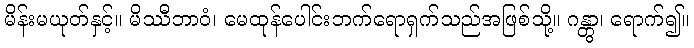
မိန်းမယုတ်နှင့်။ မိဿီဘာဝံ၊ မေထုန်ပေါင်းဘက်ရောရှက်သည်အဖြစ်သို့။ ဂန္တွာ၊ ရောက်၍။